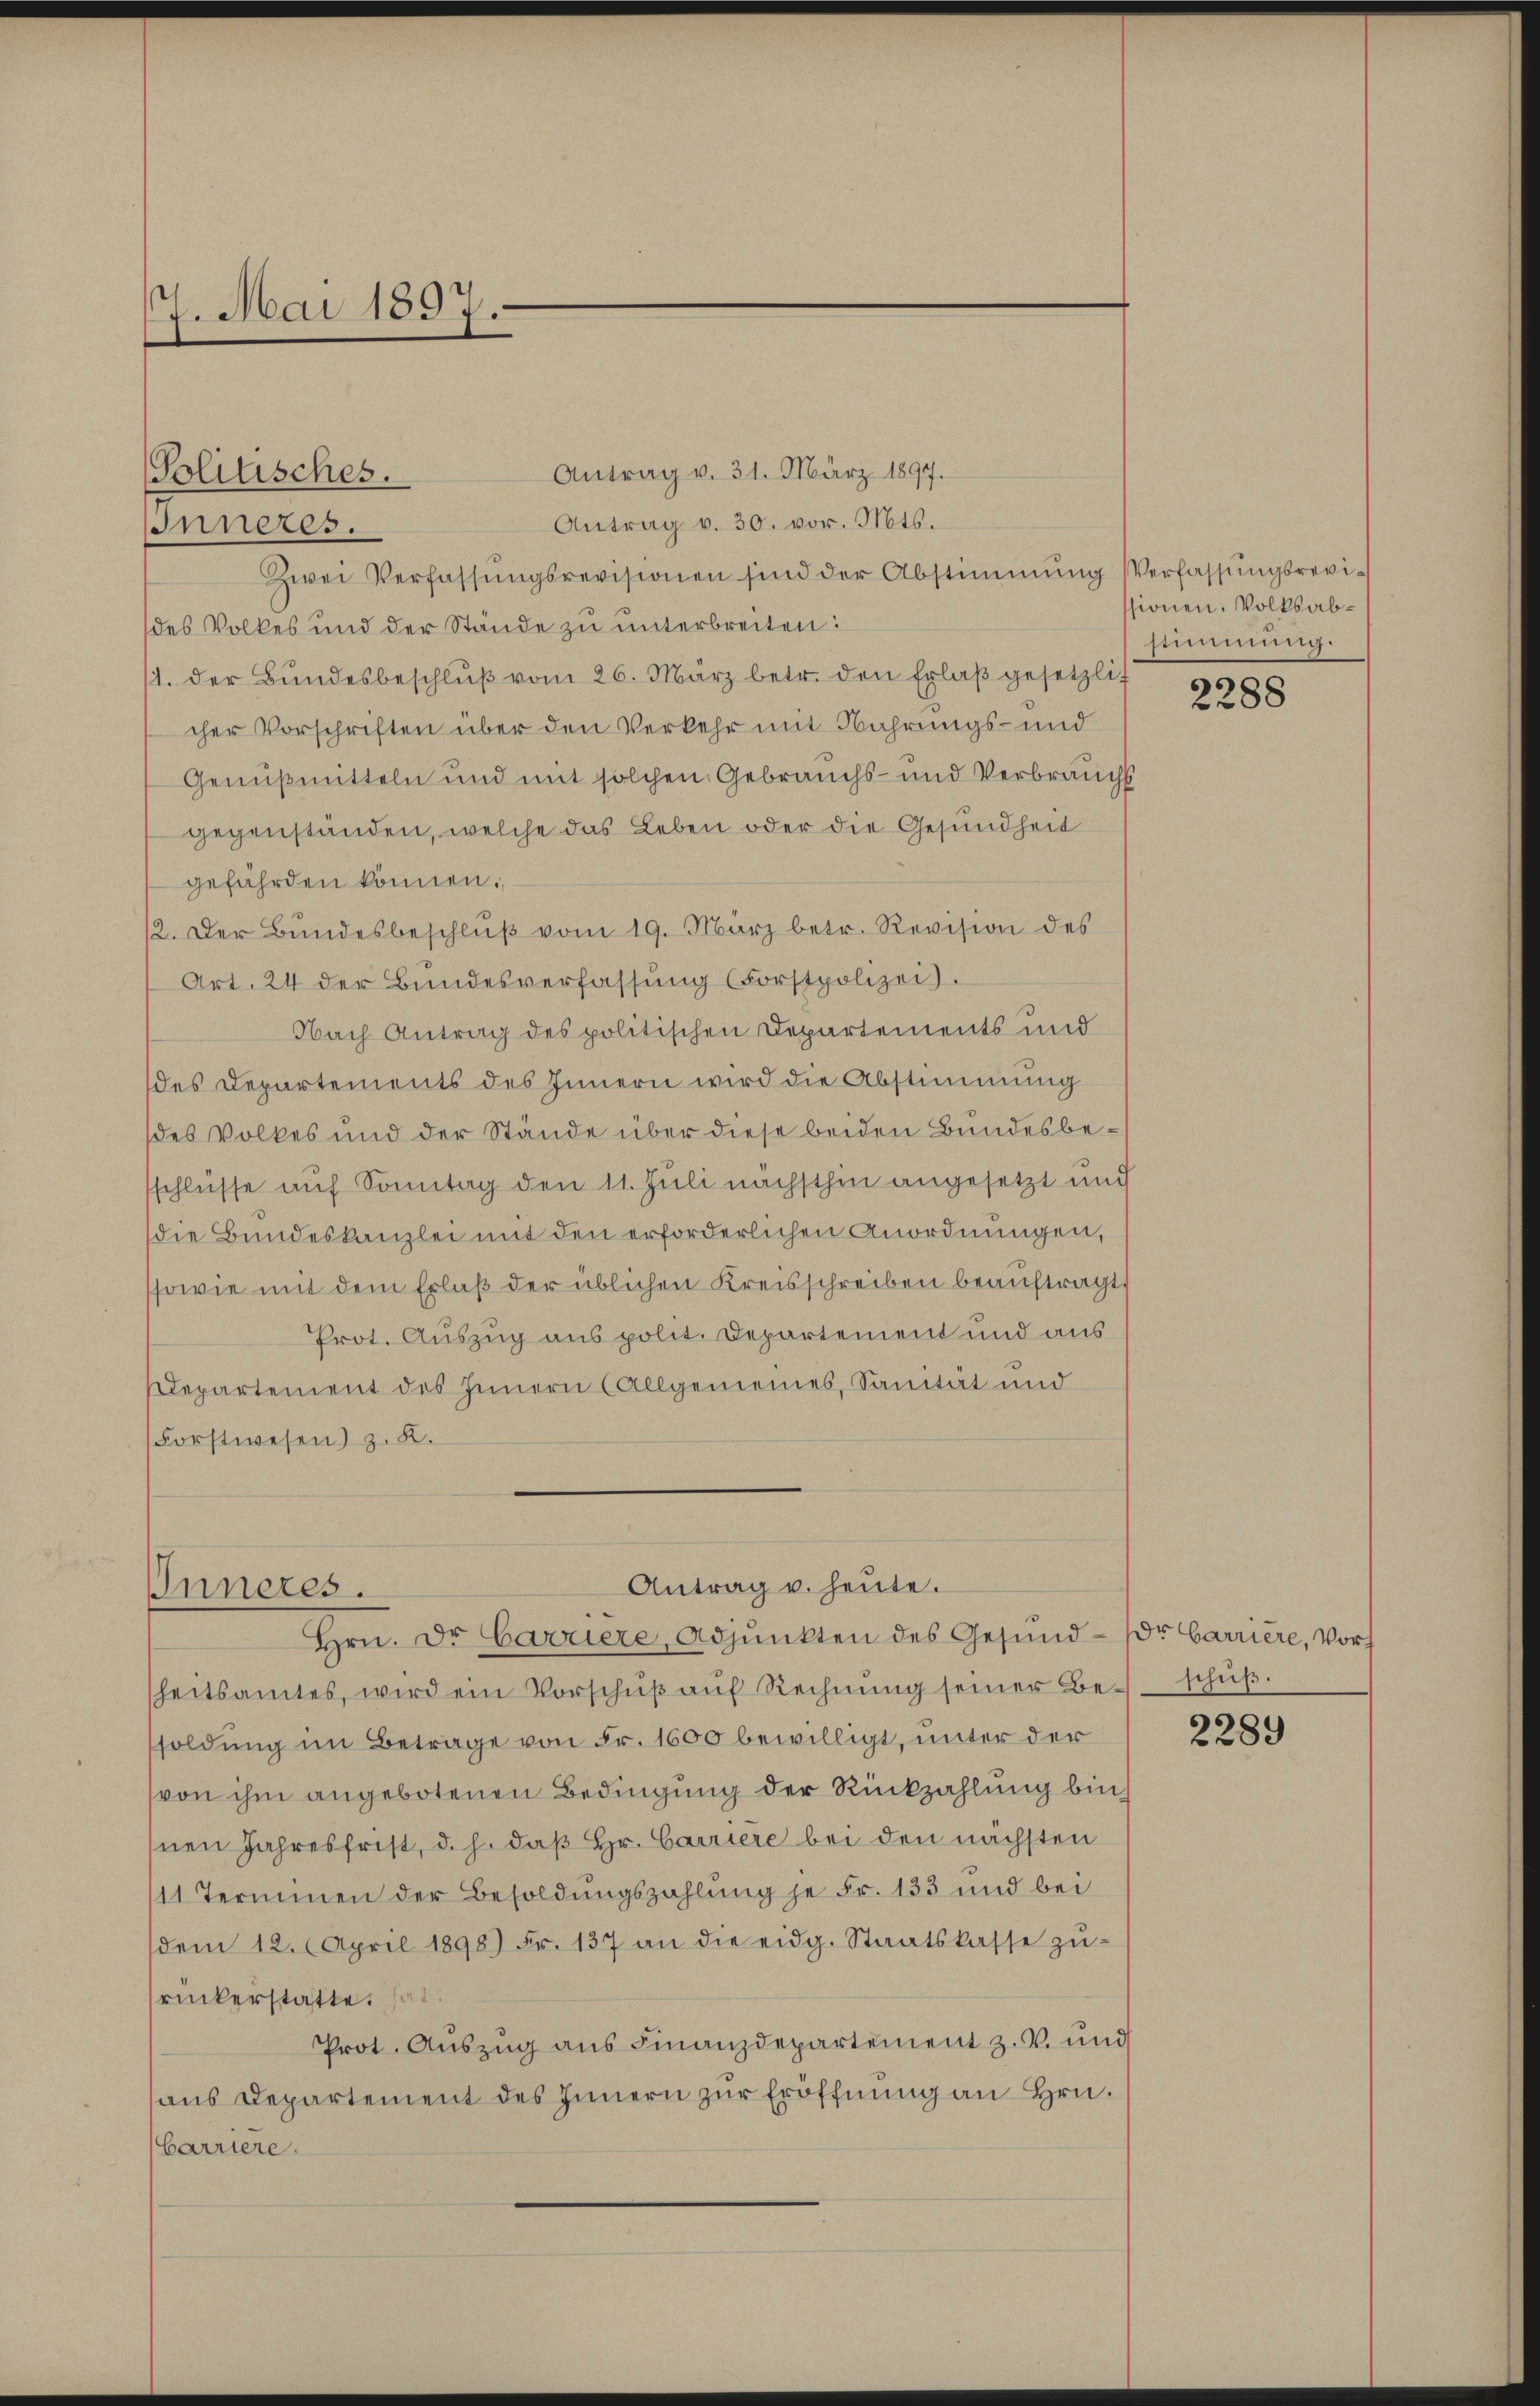
17. Mai 1897.

Antrag v. 31. März 1897.
Solitisches.
Antrag v. 30. vor. Mts.
Inneres.
Zwei Verfassŭngsrevisionen sind der Abstimmung Verfassŭngsrevides Volkes und der Stände zu unterbreiten:
1. der Bŭndesbeschlŭβ vom 26. März betr. den Erlaβ gesetzlic
cher Vorschriften über den Verkehr mit Nahrungs- und
Genußmitteln und mit solchen Gebrauchs- und Verbrauchs
gegenständen, welche das Leben oder die Gesundheit
gefährden können.
12. Der Bŭndesbeschlŭβ vom 19. März betr. Revision des
Art. 24 der Bundesverfassŭng (Forstpolizei.
Nach Antrag des politischen Departements und
des Departements des Innern wird die Abstimmung
des Volkes und der Stände über diese beiden Bundesbesschlüsse auf Sonntag den 11. Juli nächsthin angesetzt und
die Bundeskanzlei mit den erforderlichen Anordnungen,
ssowie mit dem Erlaß der üblichen Kreisschreiben beauftragt,
Prot. Auszug aus polit. Departement und aus
Departement des Innern (Allgemeines, Sanität und
Forstwesen) z. K.

Inneres.

heitsamtes, wird ein Vorschŭβ aŭf Rechnŭng seiner Beschŭβ.
soldung im Betrage von Fr. 1600 bewilligt, unter der
von ihm angebotenen Bedingung der Rückzahlung bin,
nen Jahresfrist, d. h. daß Hr. Carriere bei den nächsten
11 Terminen der Besoldŭngszahlung je Fr. 133 und bei
dem 12. April 1898) Fr. 137 an die eidg. Staatskasse zŭ-
ruckerstatte.
Prot. Auszug aus Finanzdepartement z. V. und
aus Departement des Innern zur Eröffnung an Hrn.
Carriere.

Antrag u. heute.
Hrn. Dr. Carriere, Adjunkten des Gesŭnd-Dr Carriere, Vor¬

ssionen. Volksabstimmung:

2288

2289